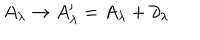
LaTeX: A _ { \lambda } \rightarrow A _ { \lambda } ^ { \prime } = A _ { \lambda } + \partial _ { \lambda }